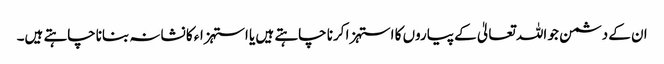
ان کے دشمن جو اللہ تعالیٰ کے پیاروں کا استہزا کرنا چاہتے ہیں یا استہزاء کا نشانہ بناناچاہتے ہیں۔